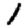
Digit: 1